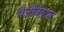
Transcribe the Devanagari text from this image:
मेलेबियाफ़